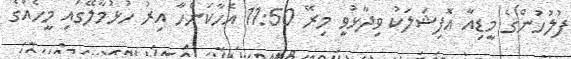
ފުލުހުންގެ މީޑިއާ އޮފިޝަލަކު ވިދާޅުވީ މިރޭ 11:50 އެހާކަންހާ އިރު ހުޅުމާލޭގައި މީހެއްގެ